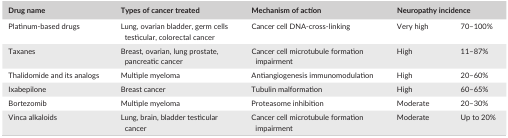
| Drug name | Types of cancer treated | Mechanism of action | <COLSPAN=2> Neuropathy incidence |
 | --- | --- | --- | --- | --- |
 | Platinum‐based drugs | Lung, ovarian bladder, germ cells testicular, colorectal cancer | Cancer cell DNA‐cross‐linking | Very high | 70–100% |
 | Taxanes | Breast, ovarian, lung prostate, pancreatic cancer | Cancer cell microtubule formation impairment | High | 11–87% |
 | Thalidomide and its analogs | Multiple myeloma | Antiangiogenesis immunomodulation | High | 20–60% |
 | Ixabepilone | Breast cancer | Tubulin malformation | High | 60–65% |
 | Bortezomib | Multiple myeloma | Proteasome inhibition | Moderate | 20–30% |
 | Vinca alkaloids | Lung, brain, bladder testicular cancer | Cancer cell microtubule formation impairment | Moderate | Up to 20% |